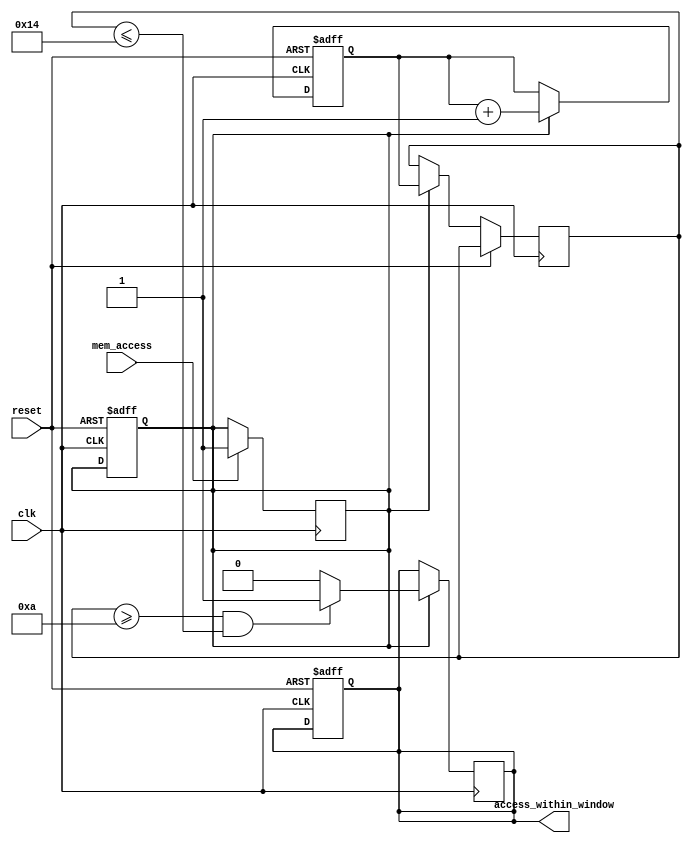
module MemoryBlocksTimeWindowDetector #(
    parameter TIME_WINDOW_START = 8'd10, // Configurable start time
    parameter TIME_WINDOW_END = 8'd20,   // Configurable end time
    parameter CLOCK_FREQ = 100_000_000   // Clock frequency in Hz (example: 100MHz)
)(
    input wire clk,                      // System clock
    input wire reset,                    // Asynchronous reset
    input wire mem_access,               // Memory access signal (read/write)
    output reg access_within_window       // Output signal indicating access within time window
);

    reg [7:0] time_counter;              // 8-bit time counter
    reg [7:0] current_time;              // Current time based on the counter
    reg monitoring;                      // Indicates if monitoring is active

    // Time counter logic
    always @(posedge clk or posedge reset) begin
        if (reset) begin
            time_counter <= 8'h00;       // Reset time counter
            monitoring <= 1'b0;          // Stop monitoring
            access_within_window <= 1'b0; // Clear output signal
        end else begin
            // Increment time counter
            if (monitoring) begin
                time_counter <= time_counter + 1;
                current_time <= time_counter;
            end
        end
    end

    // Monitoring control (could be controlled externally)
    always @(posedge clk) begin
        if (mem_access) begin
            monitoring <= 1'b1; // Start monitoring on memory access
        end
    end

    // Detection logic
    always @(posedge clk) begin
        if (monitoring) begin
            // Check if current time is within the defined window
            if ((current_time >= TIME_WINDOW_START) && (current_time <= TIME_WINDOW_END)) begin
                access_within_window <= 1'b1; // Access detected within time window
            end else begin
                access_within_window <= 1'b0; // Access not within time window
            end
        end
    end

endmodule